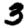
Digit: 3